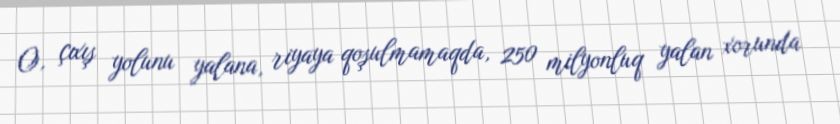
O, çıxış yolunu yalana, riyaya qoşulmamaqda, 250 milyonluq yalan xorunda